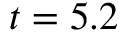
t = 5 . 2